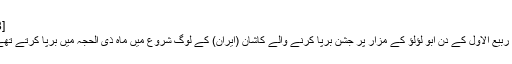
[8]
نو ربیع الاول کے دن ابو لؤلؤ کے مزار پر جشن برپا کرنے والے کاشان (ایران) کے لوگ شروع میں ماہ ذی‌ الحجہ میں برپا کرتے تھے۔